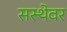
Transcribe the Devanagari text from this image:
सस्थेवर